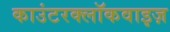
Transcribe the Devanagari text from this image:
काउंटरक्लॉकवाइज़